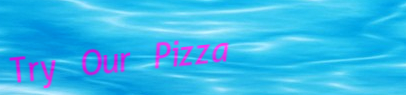
Try Our Pizza